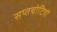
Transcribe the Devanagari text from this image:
सप्तचोटियों